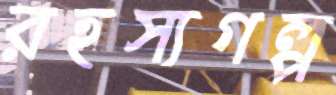
রহস্যগল্প